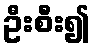
ဦးစီး၍